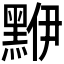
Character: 𪑁